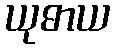
ယုဓာယ